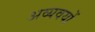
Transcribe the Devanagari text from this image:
अव्यवयों